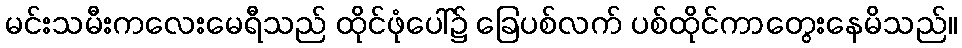
မင်းသမီးကလေးမေရီသည် ထိုင်ဖုံပေါ်၌ ခြေပစ်လက် ပစ်ထိုင်ကာတွေးနေမိသည်။